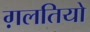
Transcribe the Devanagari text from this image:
ग़लतियो